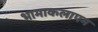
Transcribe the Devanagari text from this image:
भामाकलापम